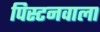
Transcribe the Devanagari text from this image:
पिस्टनवाला